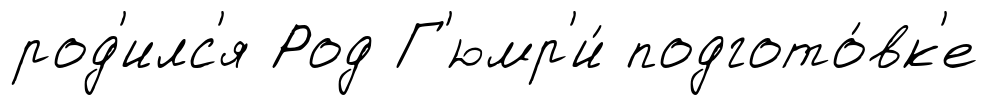
род'илс'я Род Г'юмр'и́ подгото́вк'е